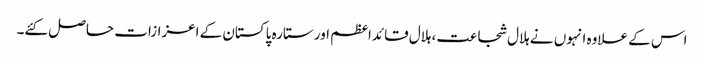
اس کے علاوہ انہوں نے ہلال شجاعت، ہلال قائداعظم اور ستارہ پاکستان کے اعزازات حاصل کئے۔